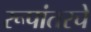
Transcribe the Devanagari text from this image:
रूपांतरचे